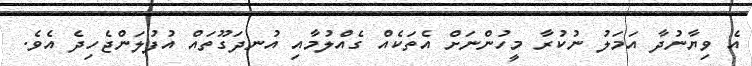
އެ ވިޔާނުދާ އަމަލު ނުކުރާ މީހުންނަށް އެތަކެއް ގެއްލުމާއި އުނދަގޫތައް އުފުލަންޖެހިދެ އެވެ.